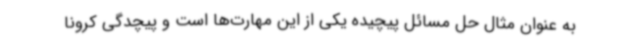
به عنوان مثال حل مسائل پیچیده یکی از این مهارت‌ها است و پیچدگی کرونا